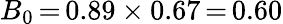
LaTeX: B_{0}\, {=}\, 0.89\times 0.67\, {=}\, 0.60